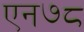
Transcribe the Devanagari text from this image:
एन७८